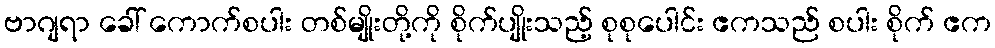
ဗာဂျရာ ခေါ် ကောက်စပါး တစ်မျိုးတို့ကို စိုက်ပျိုးသည့် စုစုပေါင်း ဧကသည် စပါး စိုက် ဧက